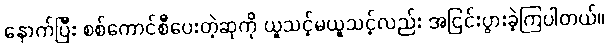
နောက်ပြီး စစ်ကောင်စီပေးတဲ့ဆုကို ယူသင့်မယူသင့်လည်း အငြင်းပွားခဲ့ကြပါတယ်။